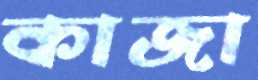
কাজা